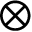
\otimes